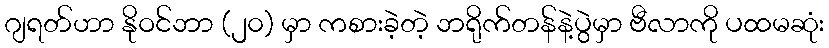
ဂျရတ်ဟာ နိုဝင်ဘာ (၂၀) မှာ ကစားခဲ့တဲ့ ဘရိုက်တန်နဲ့ပွဲမှာ ဗီလာကို ပထမဆုံး